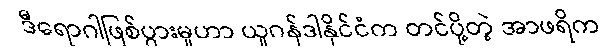
ဒီရောဂါဖြစ်ပွားမှုဟာ ယူဂန်ဒါနိုင်ငံက တင်ပို့တဲ့ အာဖရိက